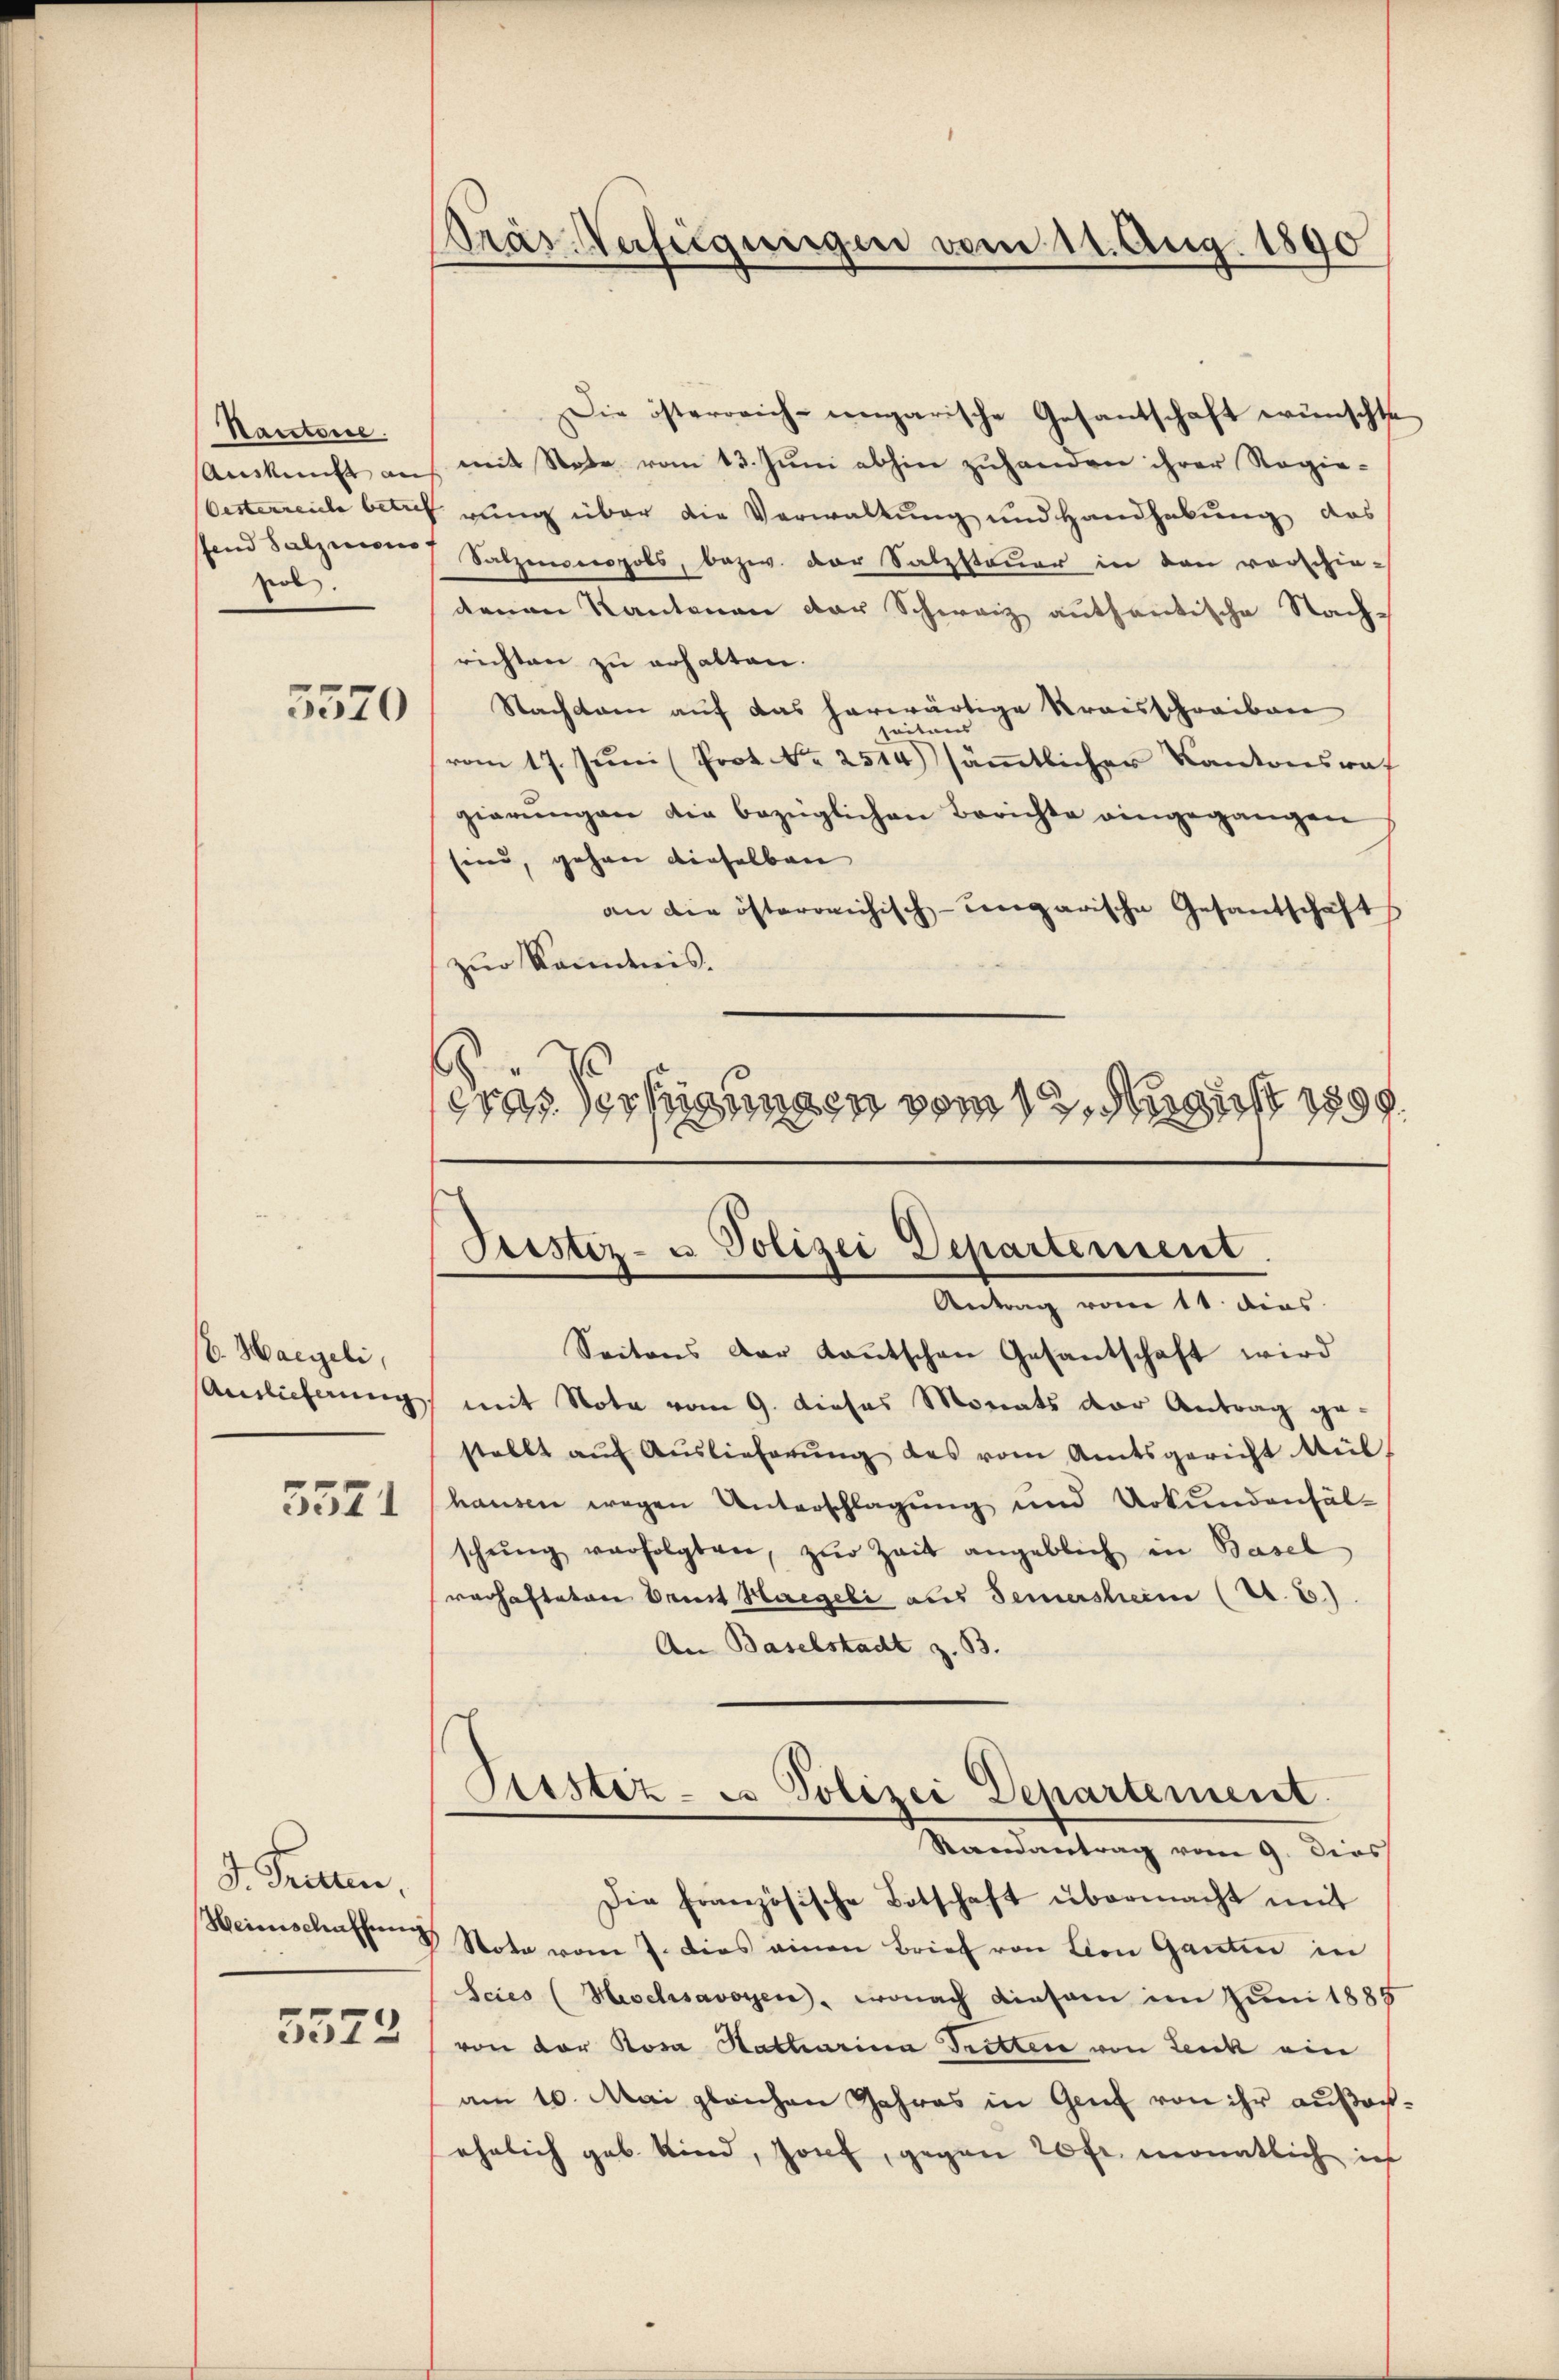
Nauctore.
fend Salzcons
pol.

5570

E. Haegeli,
Antlicherung
5521

d. Tratten.
5572

ras Verfügungen vom 11. Aug. 1890

Die österreich-ungarische Gesantschaft wünschte
Aŭskŭnft auf mit Note vom 13. Jŭni abhin zuhanden ihrer Regie-
Oesterrente betreferung über die Verwaltung und Handhabung das
 Salzmeopols, bezw. der Satzsteuer in den vorschie-
denen Kantonen der Schweiz authentische Nach-
richten zu erhalten.
Nachsam auf das herwärtige Kraisschreiben
seitens
vom 17. Juni (Prot. Nr. 2514) sämtlicher Kantonsrat
gierŭngen die bezüglichen Berichte eingegangen
sind, gehen dieselben
an die österreichisch-ungarische Gesandschaft
zur Kenntnis.
prasserungen vom 12. August 1899.

Itestiz- u Polizei Departement
Aetrag vom 11. dies

Seitens der Kantschen Gesantschaft wird
mit Note vom 9. dieses Monats der Antrag ge-
stellt aŭf Aŭslieferŭng des vom Amtsgericht Mül
hausen wegen Unterschlagung und Urkundenfäl-
schŭng verfolgten, zŭr Zeit angeblich in Basel
rerhafteten Brust Hageli aus Seinersheim (St. G.).
An Baselstadt z. B.
Sistiz- u Polizei Departement.
Randantrag vom 9. dies
Die französische Botschaft übermacht mit
Heimschaften & Nota vom 7. dies einen Brief von Bon Gantin in
Scies (Haselsavoyen , wonach Einsam im Juni 1885
von der Rosa Hatharina Tritten von Lenk ein
am 10. Mai gleichen Jahres in Genf von ihr außerehelich geb. Kind, Jost, gegen 20 fr. monatlich ich